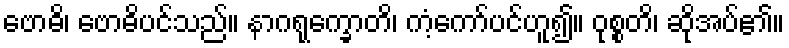
ဗောဓိ၊ ဗောဓိပင်သည်။ နာဂရုက္ခောတိ၊ ကံ့ကော်ပင်ဟူ၍။ ဝုစ္စတိ၊ ဆိုအပ်၏။